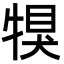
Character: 犑